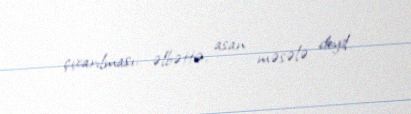
çıxarılması, əlbəttə, asan məsələ deyil.